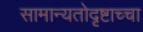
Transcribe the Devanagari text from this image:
सामान्यतोदृष्टाच्चा